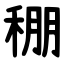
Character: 稝